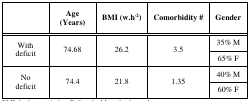
<table><thead><tr><td></td><td><b>Age (Years)</b></td><td><b>BMI (w.h<sup>-2</sup>)</b></td><td><b>Comorbidity #</b></td><td><b>Gender</b></td></tr></thead><tbody><tr><td rowspan="2">With deficit</td><td rowspan="2">74.68</td><td rowspan="2">26.2</td><td rowspan="2">3.5</td><td>35% M</td></tr><tr><td>65% F</td></tr><tr><td rowspan="2">No deficit</td><td rowspan="2">74.4</td><td rowspan="2">21.8</td><td rowspan="2">1.35</td><td>40% M</td></tr><tr><td>60% F</td></tr></tbody></table>